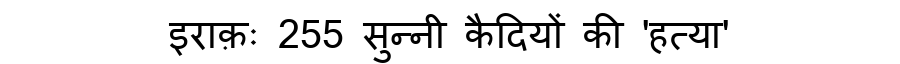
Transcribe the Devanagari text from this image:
इराक़ः 255 सुन्नी कैदियों की 'हत्या'